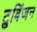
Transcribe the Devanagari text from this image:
टुबिंजन